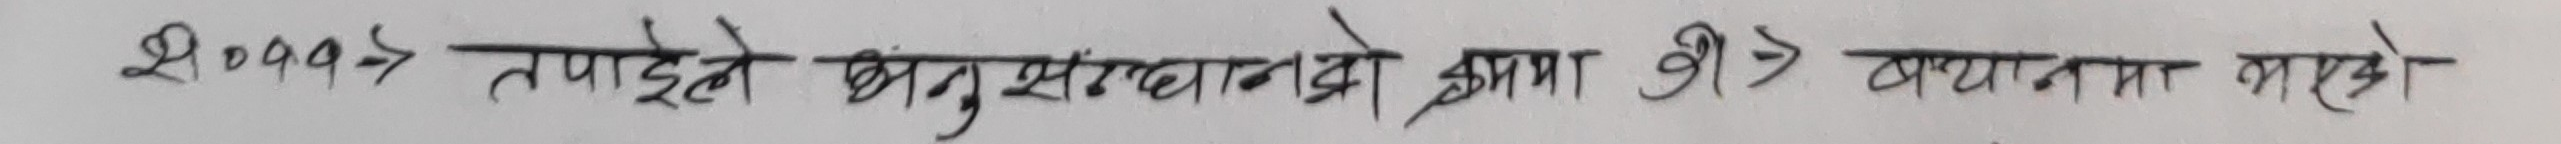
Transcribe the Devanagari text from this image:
२ ००९ -> तपाईंले अनुसन्धानको श्रमा श्री > बयानमा भएको